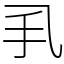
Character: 𢩦